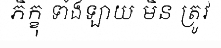
ភិក្ខុ ទាំងឡាយ មិន ត្រូវ